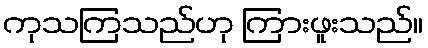
ကုသကြသည်ဟု ကြားဖူးသည်။